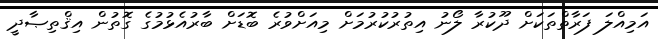
އަމިއްލަ ފަރާތްތަކަށް ދޫކުރާ ލޯނު އިތުރުކުރުމަށް މިއަށްވުރެ ބޮޑަށް ބާރުއެޅުމުގެ ގޮތުން އިޤްތިޞާދީ